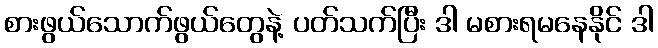
စားဖွယ်သောက်ဖွယ်တွေနဲ့ ပတ်သက်ပြီး ဒါ မစားရမနေနိုင် ဒါ